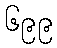
၆၉၉